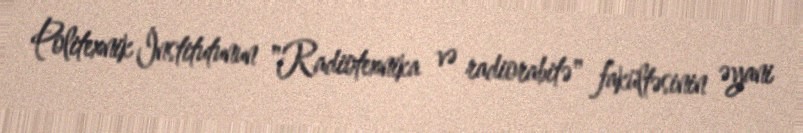
Politexnik İnstitutunun "Radiotexnika və radiorabitə" fakültəsinin əyani